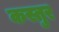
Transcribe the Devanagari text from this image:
कस्तुर